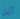
أين